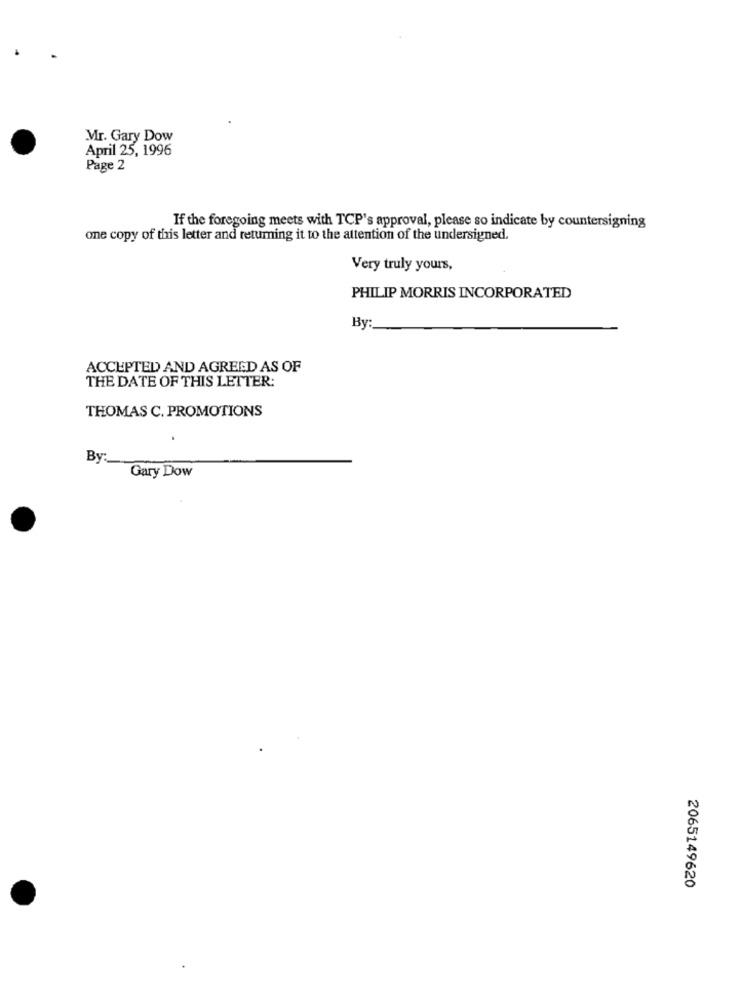
Mr. Gary Dow
April 25, 1996
Page 2
If the foregoing meets with TCP's approval, please so indicate by countersigning
one copy of this letter and returning it to the attention of the undersigned.
Very truly yours,
PHILIP MORRIS INCORPORATED
By
ACCEPTED AND AGREED AS OF
THE DATE OF THIS LETTER:
THOMAS C. PROMOTIONS
.
By:
Gary Dow
2065149620